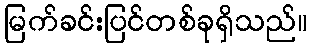
မြက်ခင်းပြင်တစ်ခုရှိသည်။